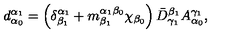
d _ { \alpha _ { 0 } } ^ { \alpha _ { 1 } } = \left( \delta _ { \beta _ { 1 } } ^ { \alpha _ { 1 } } + m _ { \beta _ { 1 } } ^ { \alpha _ { 1 } \beta _ { 0 } } \chi _ { \beta _ { 0 } } \right) \bar { D } _ { \gamma _ { 1 } } ^ { \beta _ { 1 } } A _ { \alpha _ { 0 } } ^ { \gamma _ { 1 } } ,